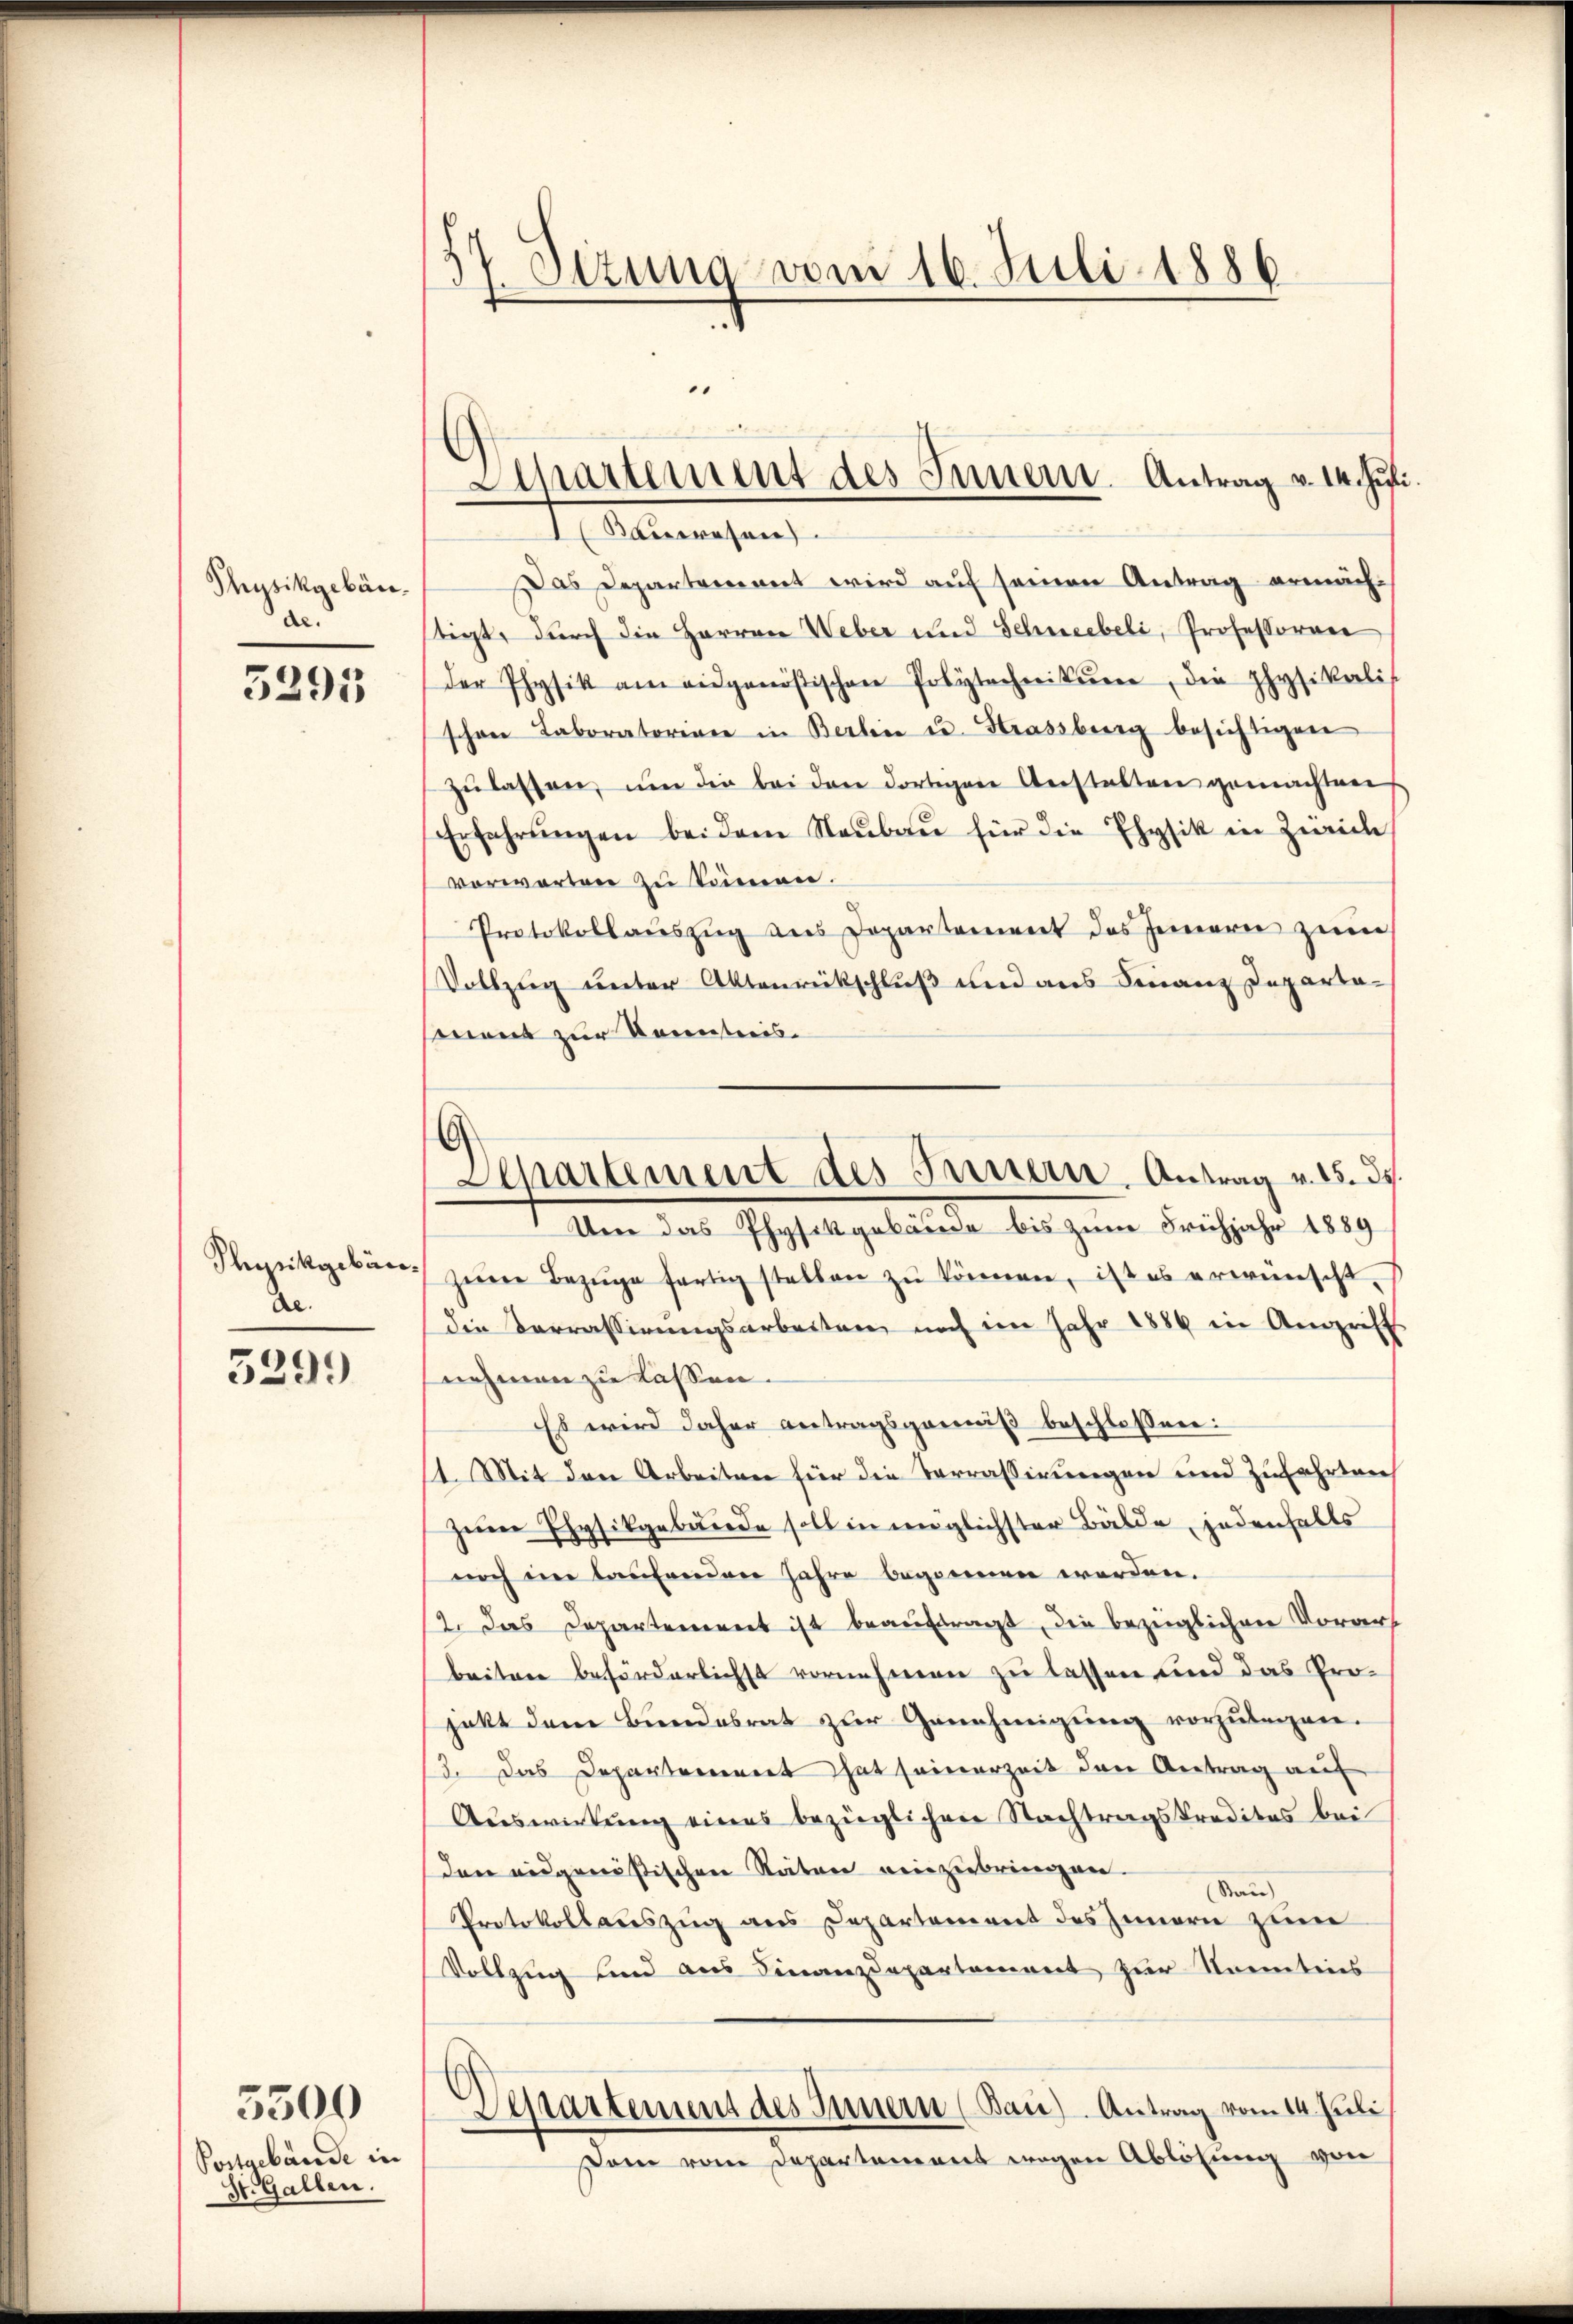
Physikgebäude.

3295

Physikgebäude.

5299

Postgebäude in
St. Gallen.

5300

Sizung vom 16. Juli 1886

.
Departement des Innern. Antrag v. 14. Juli

6
Departement des Innern. Antrag v. 15. 34.

Kameresan
Das Departement wird auf seinen Antrag ermächtigt, durch die Herren Weber und Schneebeli, Professorene
der Physik am eidgenößischen Polytechnikum, die physikalis
schon Laboratorian in Berli u. Strassberg besichtigen
zŭlassen, ŭm die bei den dortigen Anstalten gemachten
Erfahrŭngen bei dem Neubau für die Ehysik in Zürich
vorwarten zu können.
Protokollauszug aus Departement des Innern zum
Vollzug unter Altenrückschluß und aus Finanz Departasment zur Kenntnis¬
Um das Physikgebäude bis zum Frühjahr 1889
zeirer Bezüge fertig stellen zŭ können, ist es erwünscht.
die Verrassirungsarbeitung nach im Jahr 1886 in Angriff
nehmen zu lassen. |
Es wird daher antragsgemäß beschlossen:
11. Mit den Arbeiten für die Terrassirungen und Zufahrten
zum Ehysikgebäude soll in englichster Bälde, jedenfalls
noch im laufenden Jahre begonnen werden.
2. Das Departement ist beauftragt, die bezüglichen Vorars
beiten beförderlichst vornehmen zu lassen und das Projekt dem Bundesrat zur Genehmigung vorzulegen.
3. Das Departement hat seinerzeit den Antrag auf
Auswirkung eines bezüglichen Nachtragskreditas bei
den eidgenößischen Räten einzubringen.
San)
Protokollauszug aus Departement des Innern zum
Vollzug und aus Finanzdepartement zur Sonntens
Departement des Innern (Bau). Antrag vom 14. Juli
Dem vom Departement wegen Ablösung von